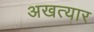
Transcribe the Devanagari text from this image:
अखत्यार